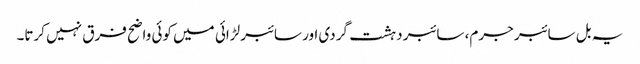
یہ بل سائبر جرم، سائبر دہشت گردی اور سائبر لڑائی میں کوئی واضح فرق نہیں کرتا۔